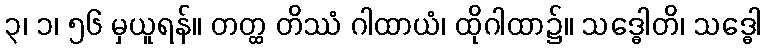
၃၊ ၁၊ ၅၆ မှယူရန်။ တတ္ထ တိဿံ ဂါထာယံ၊ ထိုဂါထာ၌။ သဒ္ဓေါတိ၊ သဒ္ဓေါ